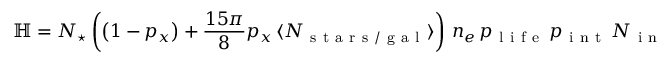
\mathbb H = N _ { \star } \left( \left( 1 - p _ { x } \right) + \frac { 1 5 \pi } { 8 } p _ { x } \, \langle N _ { \mathrm { ~ s ~ t ~ a ~ r ~ s ~ / ~ g ~ a ~ l ~ } } \rangle \right) \, n _ { e } \, p _ { \mathrm { ~ l ~ i ~ f ~ e ~ } } \, p _ { \mathrm { ~ i ~ n ~ t ~ } } \, N _ { \mathrm { ~ i ~ n ~ t ~ } }